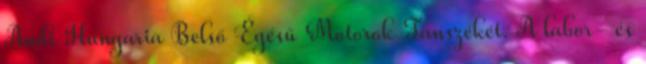
Audi Hungaria Belső Égésű Motorok Tanszékét. A labor- és